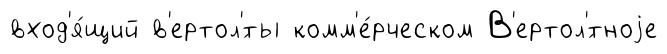
вход'я́щий в'ертол'́ты комм'е́рческом В'ертол'́тноjе